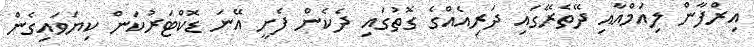
އިރްފާން ލިއަމްއާއި ދޭތެރޭގައި ދަރިއެއްގެ ގޮތުގައި ދެކެން ފެށީ އޭނަ ޑޮކްޓަރުކަން ކިޔަވައިގެން